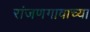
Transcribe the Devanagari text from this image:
रांजणगावाच्या